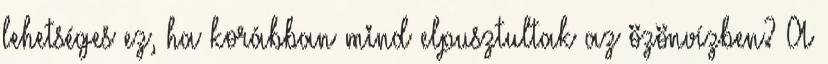
lehetséges ez, ha korábban mind elpusztultak az özönvízben? A